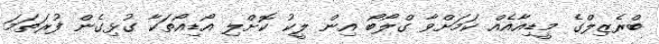
ބްރެޒިލްގެ މީޑިއާއެއް ކަމަށްވާ ގްލޯބޯ އިން ލީކު ކޮށްލި އޯޑިއޯތަކާ ގުޅިގެން ފުރަތަމަ